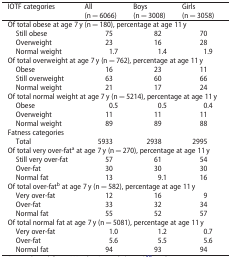
<table><thead><tr><td><b>IOTF categories</b></td><td><b>All (n = 6066)</b></td><td><b>Boys (n = 3008)</b></td><td><b>Girls (n = 3058)</b></td></tr></thead><tbody><tr><td colspan="4">Of total obese at age 7 y (n = 180), percentage at age 11 y</td></tr><tr><td>Still obese</td><td>75</td><td>82</td><td>70</td></tr><tr><td>Overweight</td><td>23</td><td>16</td><td>28</td></tr><tr><td>Normal weight</td><td>1.7</td><td>1.4</td><td>1.9</td></tr><tr><td colspan="4">Of total overweight at age 7 y (n = 762), percentage at age 11 y</td></tr><tr><td>Obese</td><td>16</td><td>23</td><td>11</td></tr><tr><td>Still overweight</td><td>63</td><td>60</td><td>66</td></tr><tr><td>Normal weight</td><td>21</td><td>17</td><td>24</td></tr><tr><td colspan="4">Of total normal weight at age 7 y (n = 5214), percentage at age 11 y</td></tr><tr><td>Obese</td><td>0.5</td><td>0.5</td><td>0.4</td></tr><tr><td>Overweight</td><td>11</td><td>11</td><td>11</td></tr><tr><td>Normal weight</td><td>89</td><td>89</td><td>88</td></tr><tr><td>Fatness categories</td><td></td><td></td><td></td></tr><tr><td>Total</td><td>5933</td><td>2938</td><td>2995</td></tr><tr><td colspan="4">Of total very over-fat<sup>a</sup> at age 7 y (n = 270), percentage at age 11 y</td></tr><tr><td>Still very over-fat</td><td>57</td><td>61</td><td>54</td></tr><tr><td>Over-fat</td><td>30</td><td>30</td><td>30</td></tr><tr><td>Normal fat</td><td>13</td><td>9.1</td><td>16</td></tr><tr><td colspan="4">Of total over-fat<sup>b</sup> at age 7 y (n = 582), percentage at age 11 y</td></tr><tr><td>Very over-fat</td><td>12</td><td>16</td><td>9</td></tr><tr><td>Over-fat</td><td>33</td><td>32</td><td>34</td></tr><tr><td>Normal fat</td><td>55</td><td>52</td><td>57</td></tr><tr><td colspan="4">Of total normal fat at age 7 y (n = 5081), percentage at age 11 y</td></tr><tr><td>Very over-fat</td><td>1.0</td><td>1.2</td><td>0.7</td></tr><tr><td>Over-fat</td><td>5.6</td><td>5.5</td><td>5.6</td></tr><tr><td>Normal fat</td><td>94</td><td>93</td><td>94</td></tr></tbody></table>